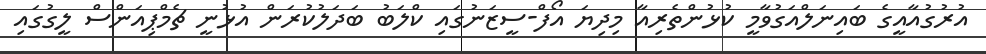
އުރުގުއާއީގެ ބައިނަލްއަގުވާމީ ކުޅުންތެރިއާ މިދިޔަ އޯފް-ސީޒަނުގައި ކްލަބު ބަދަލުކުރަން އުޅުނީ ޗެމްޕިއަންސް ލީގުގައި